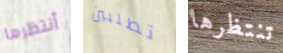
أنتظرها تطلبين تنتظرها